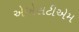
એએસટીએમ